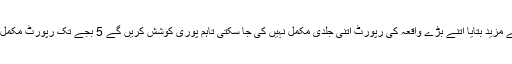
انہوں نے مزید بتایا اتنے بڑے واقعہ کی رپورٹ اتنی جلدی مکمل نہیں کی جا سکتی تاہم پوری کوشش کریں گے 5 بجے تک رپورٹ مکمل کر لیں۔